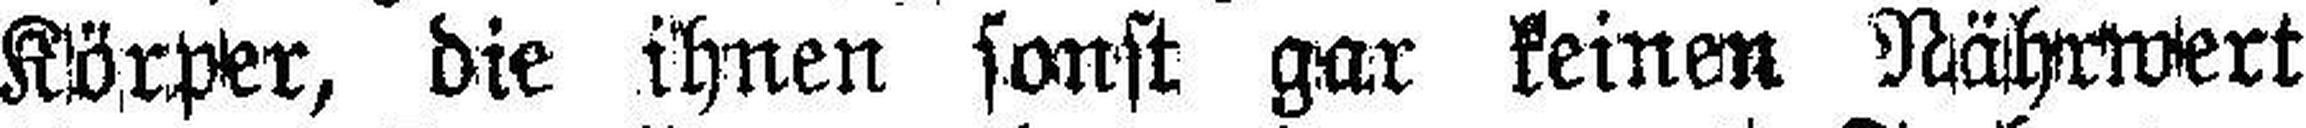
Körper, die ihnen sonst gar keinen Nährwert